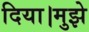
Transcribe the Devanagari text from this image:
दिया।मुझे